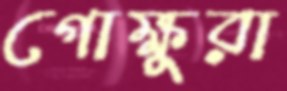
গোক্ষুরা